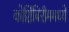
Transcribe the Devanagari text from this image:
कोशिंबिरीममध्ये